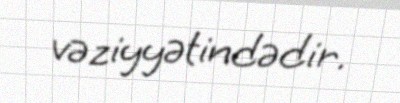
vəziyyətindədir.